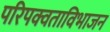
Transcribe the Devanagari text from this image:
परिपक्वताविभाजन